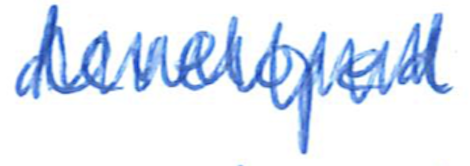
Text: developed
Cross-out: zig-zag
Writing tool: ballpoint